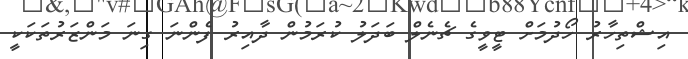
އިޝްތިހާރު ހޯދުމަށް ޓީވީގެ ޗެނެލް ބަދަލު ކުރަމުން ދާއިރު ފެންނަ ގިނަ މަންޒަރުތަކަކީ